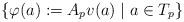
LaTeX: \begin{align*}\{ \varphi(a):= A_p v(a) \; | \; a \in T_p \} \end{align*}